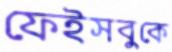
ফেইসবুকে